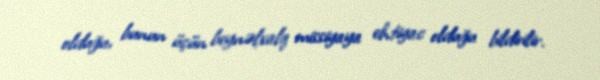
olduğu, bunun üçün beynəlxalq missiyaya ehtiyac olduğu bildirilir.